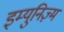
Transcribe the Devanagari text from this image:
इम्युनिज़्म